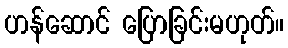
ဟန်ဆောင် ပြောခြင်းမဟုတ်။